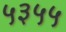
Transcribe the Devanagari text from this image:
५३५५